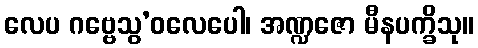
လေပ ဂဗ္ဗေသွ’ဝလေပေါ၊ အဏ္ဍဇော မီနပက္ခိသု။